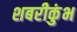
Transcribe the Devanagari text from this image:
शबरीकुंभ